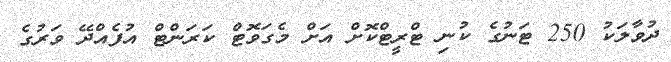
ދުވާލަކު 250 ޓަނުގެ ކުނި ޓްރީޓްކޮށް އަށް މެގަވޮޓް ކަރަންޓް އުފެއްދޭ ވަރުގެ